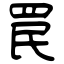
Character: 罠